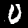
Label: 0